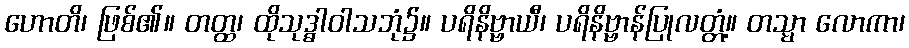
ဟောတိ၊ ဖြစ်၏။ တတ္ထ၊ ထိုသုဒ္ဓါဝါသဘုံ၌။ ပရိနိဗ္ဗာယီ၊ ပရိနိဗ္ဗာန်ပြုလတ္တံ့။ တသ္မာ လောကာ၊